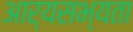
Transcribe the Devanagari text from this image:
आर्यसभ्यता